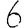
Digit: 6